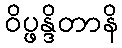
ဝိပ္ဖန္ဒိတာနိ